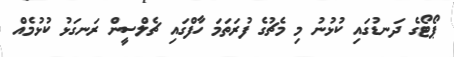
ޕޯޓޯގެ ދަނޑުގައި ކުޅުނު މި މެޗުގެ ފުރަތަމަ ހާފްގައި ޗެލްސީން ރަނގަޅު ކުޅުމެއް